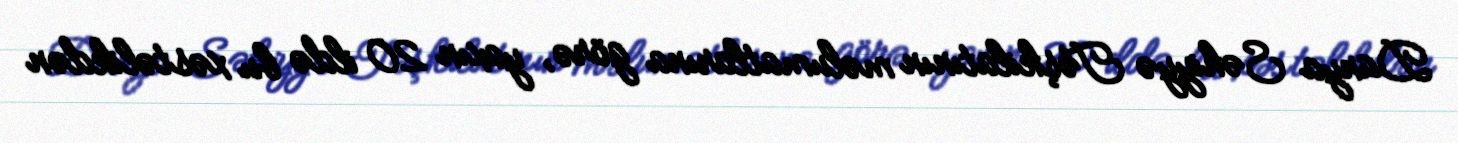
Dünya Səhiyyə Təşkilatının məlumatlarına görə, yaxın 20 ildə bu xəstəlikdən